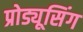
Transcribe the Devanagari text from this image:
प्रोड्यूसिंग